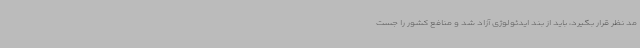
مد نظر قرار بگیرد، باید از بند ایدئولوژی آزاد شد و منافع کشور را جست